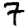
Digit: 7